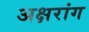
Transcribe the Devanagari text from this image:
अक्षरांग